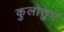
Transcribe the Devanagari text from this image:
कुलोत्तुगं